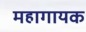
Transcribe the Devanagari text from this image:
महागायक